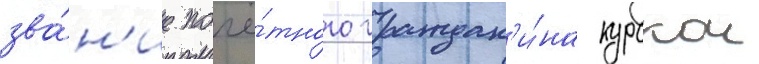
зва́н'ие почё́тного граждан'и́на курскои